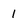
Character: 1